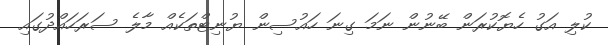
ކުލި އަގު ހެޔޮކުރަން ބޭނުން ނަމަ ގިނަ ހައުސިން ޔުނިޓްތަކެއް މާލެ ސަރަހައްދުގައި